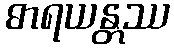
ဓာရယန္တဿ